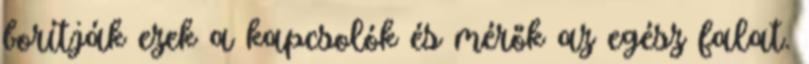
borítják ezek a kapcsolók és mérők az egész falat.